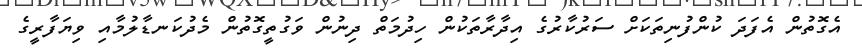
އެގޮތުން އެފަދަ ކުންފުނިތަކަށް ސަރުކާރުގެ އިދާރާތަކުން ހިދުމަތް ދިނުން ވަގުތީގޮތުން މެދުކަނޑާލުމާއި ވިޔަފާރީގެ